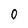
Character: 0